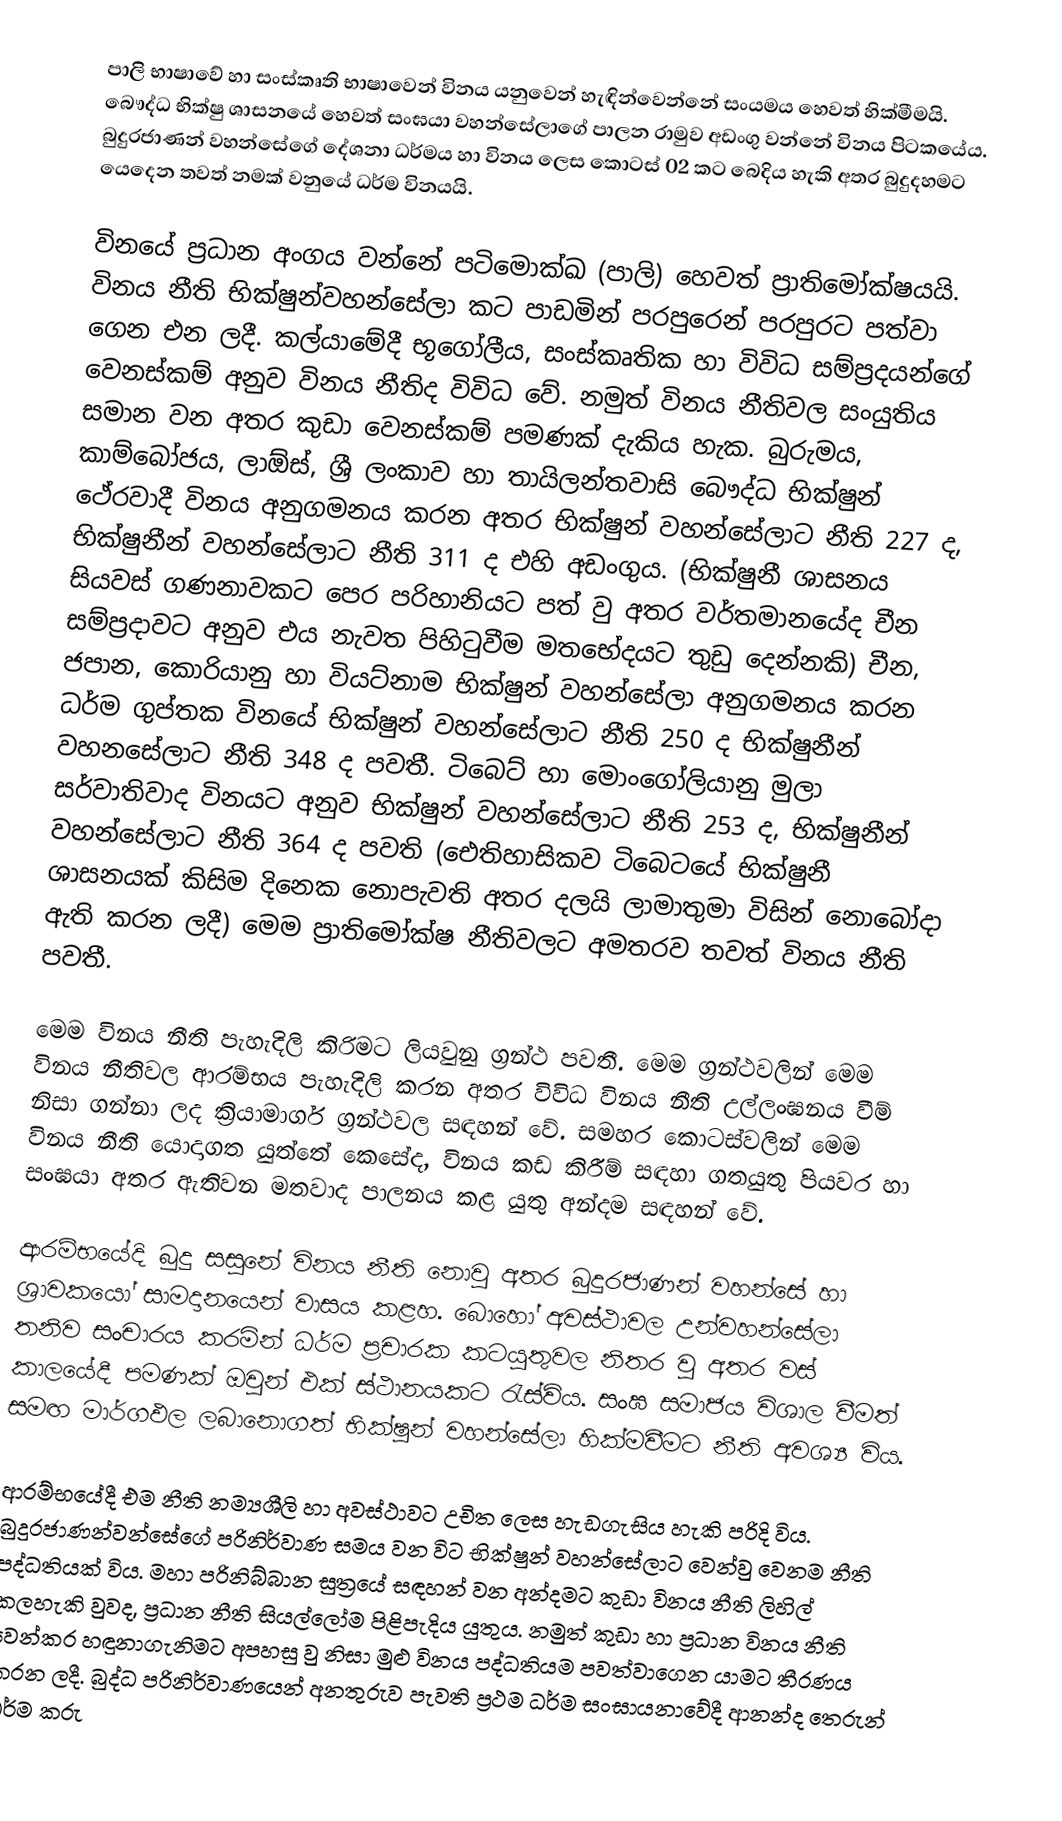
පාලි භාෂාවේ හා සංස්කෘති භාෂාවෙන් විනය යනුවෙන් හැඳින්වෙන්නේ සංයමය හෙවත් හික්මීමයි. බෞද්ධ භික්ෂු ශාසනයේ හෙවත් සංඝයා වහන්සේලාගේ පාලන රාමුව අඩංගු වන්නේ විනය පිට‍කයේය. බුදුරජාණන් වහන්සේගේ දේශනා ධර්මය හා විනය ලෙස කොටස් 02 කට බෙදිය හැකි අතර බුදුදහමට යෙදෙන තවත් නමක් වනුයේ ධර්ම විනයයි.

විනයේ ප්‍රධාන අංගය වන්නේ පටිමොක්ඛ (පාලි) හෙවත් ප්‍රාතිමෝක්ෂයයි. විනය නීති භික්ෂුන්වහන්සේලා කට පාඩමින් පරපුරෙන් පරපුරට ‍පත්වා ගෙන එන ලදී. කල්යාමේදී භූගෝලීය, සංස්කෘතික හා විවිධ සම්ප්‍රදයන්ගේ වෙනස්කම් අනුව විනය නීතිද විවිධ වේ. නමුත් විනය නීතිවල සංයුතිය සමාන වන අතර කුඩා වෙනස්කම් පමණක් දැකිය හැක. බුරුමය, කාම්බෝජය, ලාඕස්, ශ්‍රී ලංකාව හා තායිලන්තවාසි බෞද්ධ භික්ෂුන් ථේරවාදී විනය අනුගමනය කරන අතර භික්ෂුන් වහන්සේලාට නීති 227 ද, භික්ෂුනීන් වහන්සේලාට නීති 311 ද එහි අඩංගුය. (භික්ෂුනී ශාසනය සියවස් ගණනාවකට පෙර පරිහානියට පත් වු අතර වර්තමානයේද චීන සම්ප්‍රදාවට අනුව එය නැවත පිහිටුවීම මත‍භේදයට තුඩු දෙන්නකි) චීන, ජපාන, කොරියානු හා වියට්නාම භික්ෂුන් වහන්සේලා අනුගමනය කරන ධර්ම ගුප්තක විනයේ භික්ෂුන් වහන්සේලාට නීති 250 ද භික්ෂුනීන් වහනසේලාට නීති 348 ද පවතී. ටිබෙට් හා මොං‍ගෝලියානු මුලා සර්වාතිවාද විනයට අනුව භික්ෂුන් වහන්සේලාට නීති 253 ද, භික්ෂුනීන් වහන්සේලාට නීති 364 ද පවති (ඓතිහාසිකව ටිබෙටයේ භික්ෂුනී ශාසනයක් කිසිම දිනෙක නොපැවති අතර දලයි ලාමාතුමා විසින් නොබෝදා ඇති කරන ලදී) මෙම ප්‍රාතිමෝක්ෂ නීතිවලට අමතරව තවත් විනය නීති පවතී.

මෙම විනය නීති පැහැදිලි කිරිමට ලියවුනු ග්‍රන්ථ පවතී. මෙම ග්‍රන්ථවලින් මෙම විනය නීතිවල ආරම්භය පැහැදිලි කරන අතර විවිධ විනය නීති උල්ලංඝනය වීම් නිසා ගන්නා ලද ක්‍රියාමාර්ග ග්‍රන්ථවල සඳහන් වේ. සමහර කොටස්වලින් මෙම විනය නීති යොදාගත යුත්තේ කෙසේද, විනය කඩ කිරීම් සඳහා ගතයුතු පියවර හා සංඝයා අතර ඇතිවන මතවාද පාලනය කළ යුතු අන්දම සඳහන් වේ.

ආරම්භයේදි බුදු සසුනේ විනය නීති නොවු අතර බුදුරජාණන් වහන්සේ හා ශ්‍රාවකයෝ සාමදානයෙන් වාසය කළහ. බොහෝ අවස්ථාවල උන්වහන්සේලා තනිව සංචාරය කරමින් ධර්ම ප්‍රචාරක කටයුතුවල නිතර වු අතර වස් කාලයේදී පමණක් ඔවුන් එක් ස්ථානයකට‍ රැස්විය. සංඝ සමාජය විශාල වීමත් සමඟ මාර්ගඵල ලබානොගත් භික්ෂුන් වහන්සේලා හික්මවීමට නීති අවශ්‍ය විය.

ආරම්භයේදී එම නීති නම්‍යශීලි හා අවස්ථාවට උචිත ලෙස හැඩගැසිය හැකි පරිදි විය. බුදුරජාණන්වන්සේගේ පරිනිර්වාණ සමය වන විට භික්ෂුන් වහන්සේලාට වෙන්වු වෙනම නීති පද්ධතියක් විය. මහා පරිනිබ්බාන සුත්‍රයේ සඳහන් වන අන්දමට කුඩා විනය නීති ලිහිල් කලහැකි වුවද, ප්‍රධාන නීති සියල්ලෝම පිළිපැදිය යුතුය. නමුත් කුඩා හා ප්‍රධාන විනය නීති වෙන්කර හඳුනාගැනිමට අපහසු වු නිසා මුළු විනය පද්ධතියම ‍පවත්වාගෙන යාමට තීරණය කරන ලදී. බුද්ධ පරිනිර්වාණයෙන් අනතුරුව පැවති ප්‍රථම ධර්ම සංඝායනාවේදී ආනන්ද තෙරුන් ධර්ම කරු